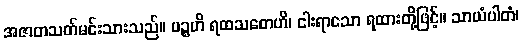
အဇာတသတ်မင်းသားသည်။ ပဉ္စဟိ ရထသတေဟိ၊ ငါးရာသော ရထားတို့ဖြင့်။ သာယံပါတံ၊